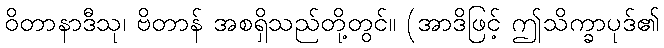
ဝိတာနာဒီသု၊ ဗိတာန် အစရှိသည်တို့တွင်။ (အာဒိဖြင့် ဤသိက္ခာပုဒ်၏